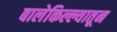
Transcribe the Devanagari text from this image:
बालेकिल्ल्यातून